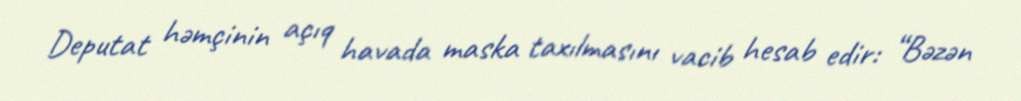
Deputat həmçinin açıq havada maska taxılmasını vacib hesab edir: “Bəzən